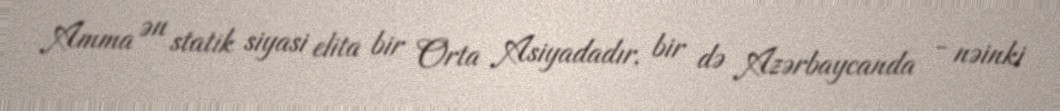
Amma ən statik siyasi elita bir Orta Asiyadadır, bir də Azərbaycanda - nəinki